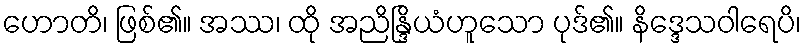
ဟောတိ၊ ဖြစ်၏။ အဿ၊ ထို အညိန္ဒြိယံဟူသော ပုဒ်၏။ နိဒ္ဒေသဝါရေပိ၊